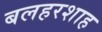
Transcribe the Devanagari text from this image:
बलहरशाह